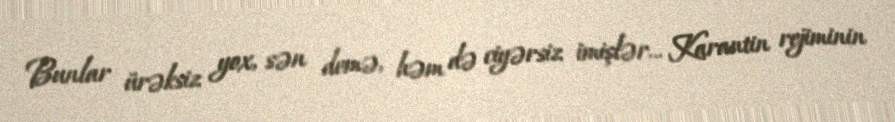
Bunlar ürəksiz yox, sən demə, həm də ciyərsiz imişlər... Karantin rejiminin